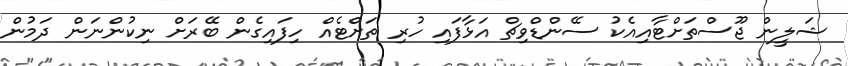
ޝަލީން ޖޫސްތަށްޓާއިއެކު ސޭންޑްވިޗް އަޅާފައި ހުރި ތަށްޓެއް ހިފައިގެން ބޭރަށް ނިކުންނަން ދަމުން